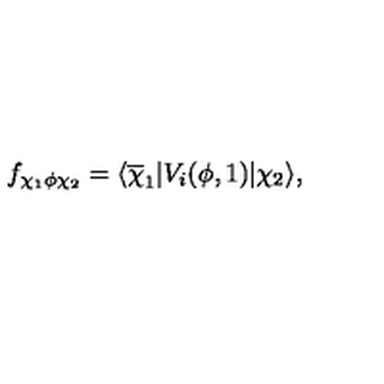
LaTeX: f _ { \chi _ { 1 } \phi \chi _ { 2 } } = \langle \overline { \chi } _ { 1 } | V _ { i } ( \phi , 1 ) | \chi _ { 2 } \rangle ,